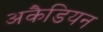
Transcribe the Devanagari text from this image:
अकैडियन